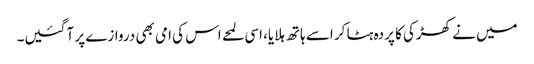
میں نے کھڑکی کا پردہ ہٹا کر اسے ہاتھ ہلایا، اسی لمحے اس کی امی بھی دروازے پر آ گئیں۔